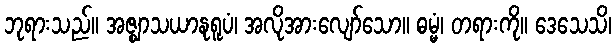
ဘုရားသည်။ အဇ္ဈာသယာနုရူပံ၊ အလိုအားလျော်သော။ ဓမ္မံ၊ တရားကို။ ဒေသေသိ၊